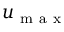
u _ { \mathrm { ~ m ~ a ~ x ~ } }